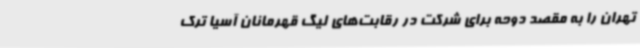
تهران را به مقصد دوحه برای شرکت در رقابت‌های لیگ قهرمانان آسیا ترک